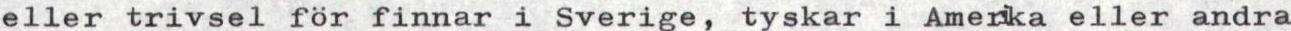
eller trivsel för finnar i Sverige, tyskar i Amerka eller andra